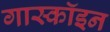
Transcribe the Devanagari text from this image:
गास्कॉइन